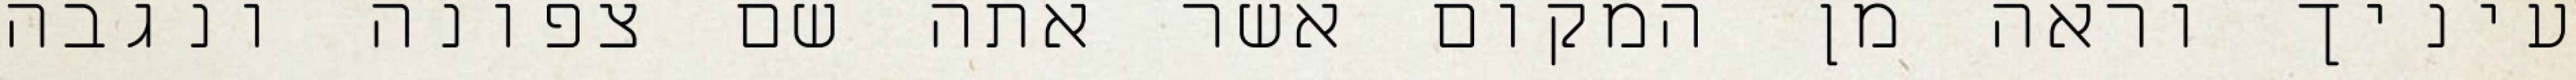
עיניך וראה מן המקום אשר אתה שם צפונה ונגבה